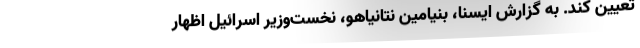
تعیین کند. به گزارش ایسنا، بنیامین نتانیاهو، نخست‌وزیر اسرائیل اظهار